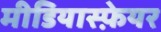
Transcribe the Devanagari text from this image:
मीडियास्फ़ेयर